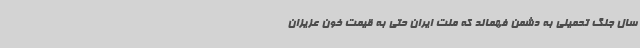
سال جنگ تحمیلی به دشمن فهماند که ملت ایران حتی به قیمت خون عزیزان